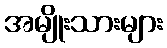
အမျိုးသားများ